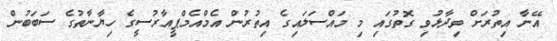
އޭނާ އިތުރަށް ވިދާޅުވި ގޮތުގައި މި މައްސަލައިގެ އިތުރުން އެމްއެމްޕީއާރުސީގެ ހިޔާނާތުގެ ސަބަބުން